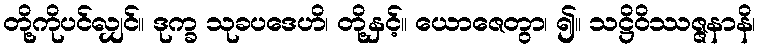
တို့ကိုပင်လျှင်။ ဒုက္ခ သုခပဒေဟိ၊ တို့နှင့်။ ယောဇေတွာ၊ ၍။ သဋ္ဌိဝိဿဇ္ဇနာနိ၊